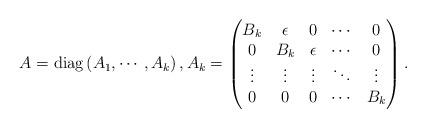
LaTeX: \begin{align*} A={\rm diag}\left(A_1,\cdots, A_k\right),A_k=\begin{pmatrix}B_k&\epsilon&0&\cdots&0\\ 0&B_k&\epsilon&\cdots&0\\ \vdots&\vdots&\vdots&\ddots&\vdots\\ 0&0&0&\cdots&B_k\end{pmatrix}.\end{align*}